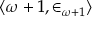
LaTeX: \langle \omega + 1 , \in _ { \omega + 1 } \rangle